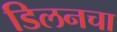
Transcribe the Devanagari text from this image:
डिलनचा